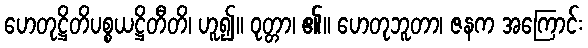
ဟေတုဋ္ဌိတိပစ္စယဋ္ဌိတီတိ၊ ဟူ၍။ ဝုတ္တာ၊ ၏။ ဟေတုဘူတာ၊ ဇနက အကြောင်း